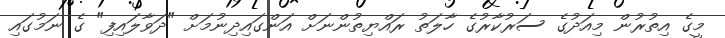
މީގެ އިތުރުން މިއަދުގެ ސަރުކާރުގެ ހާލަތު ރައްޔިތުންނަށް އަންގައިދިނުމަށް "ދަވާލައިފި" ގެ ނަމުގައި